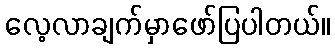
လေ့လာချက်မှာဖော်ပြပါတယ်။